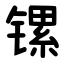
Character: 镙